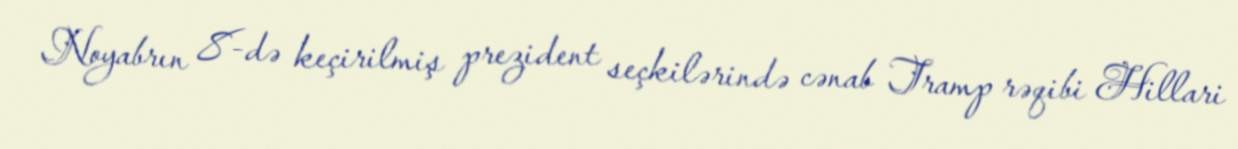
Noyabrın 8-də keçirilmiş prezident seçkilərində cənab Tramp rəqibi Hillari